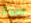
الفخار